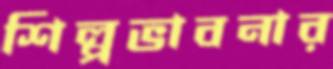
শিল্পভাবনার